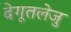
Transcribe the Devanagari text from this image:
देगूतलेजु